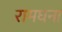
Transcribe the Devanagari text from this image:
रामघना